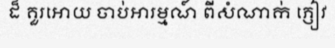
ដ៏ គួរអោយ ចាប់អារម្មណ៍ ពីសំណាក់ ភ្ញៀវ